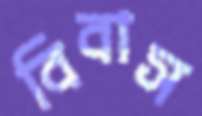
বিবাস